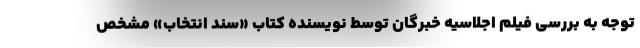
توجه به بررسی فیلم اجلاسیه خبرگان توسط نویسنده کتاب «سند انتخاب» مشخص